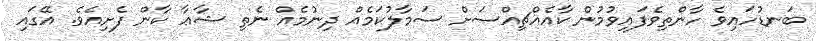
ބަނޑުހައިވެ ހާންތިވެފައިވުމުން ކާއެއްޗިއްސަށް ސަމާލުކަމެއް ދިނުމެއް ނެތި ޝާޢާ ކާން ފެށިއެވެ. އޭގައި